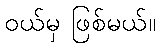
ဝယ်မှ ဖြစ်မယ်။